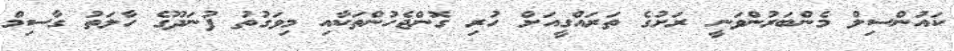
ކައުންސިލް މެންބަރުންވަނީ ރަށުގެ ތަރައްގީއަށް ހުރި ގޮންޖެހުންތަކާއި މިވަގުތު ފުނަދޫގެ ހާލަތު ގާސިމް